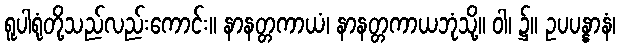
ရူပါရုံတို့သည်လည်းကောင်း။ နာနတ္တကာယံ၊ နာနတ္တကာယဘုံသို့။ ဝါ၊ ၌။ ဥပပန္နာနံ၊